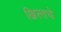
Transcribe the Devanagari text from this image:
ख्रिस्तचे